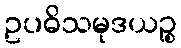
ဥပဓိသမုဒယဉ္စ